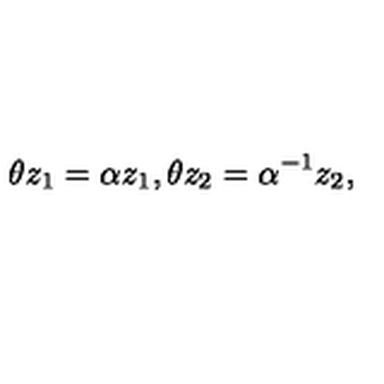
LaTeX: \theta z _ { 1 } = \alpha z _ { 1 } , \theta z _ { 2 } = \alpha ^ { - 1 } z _ { 2 } ,